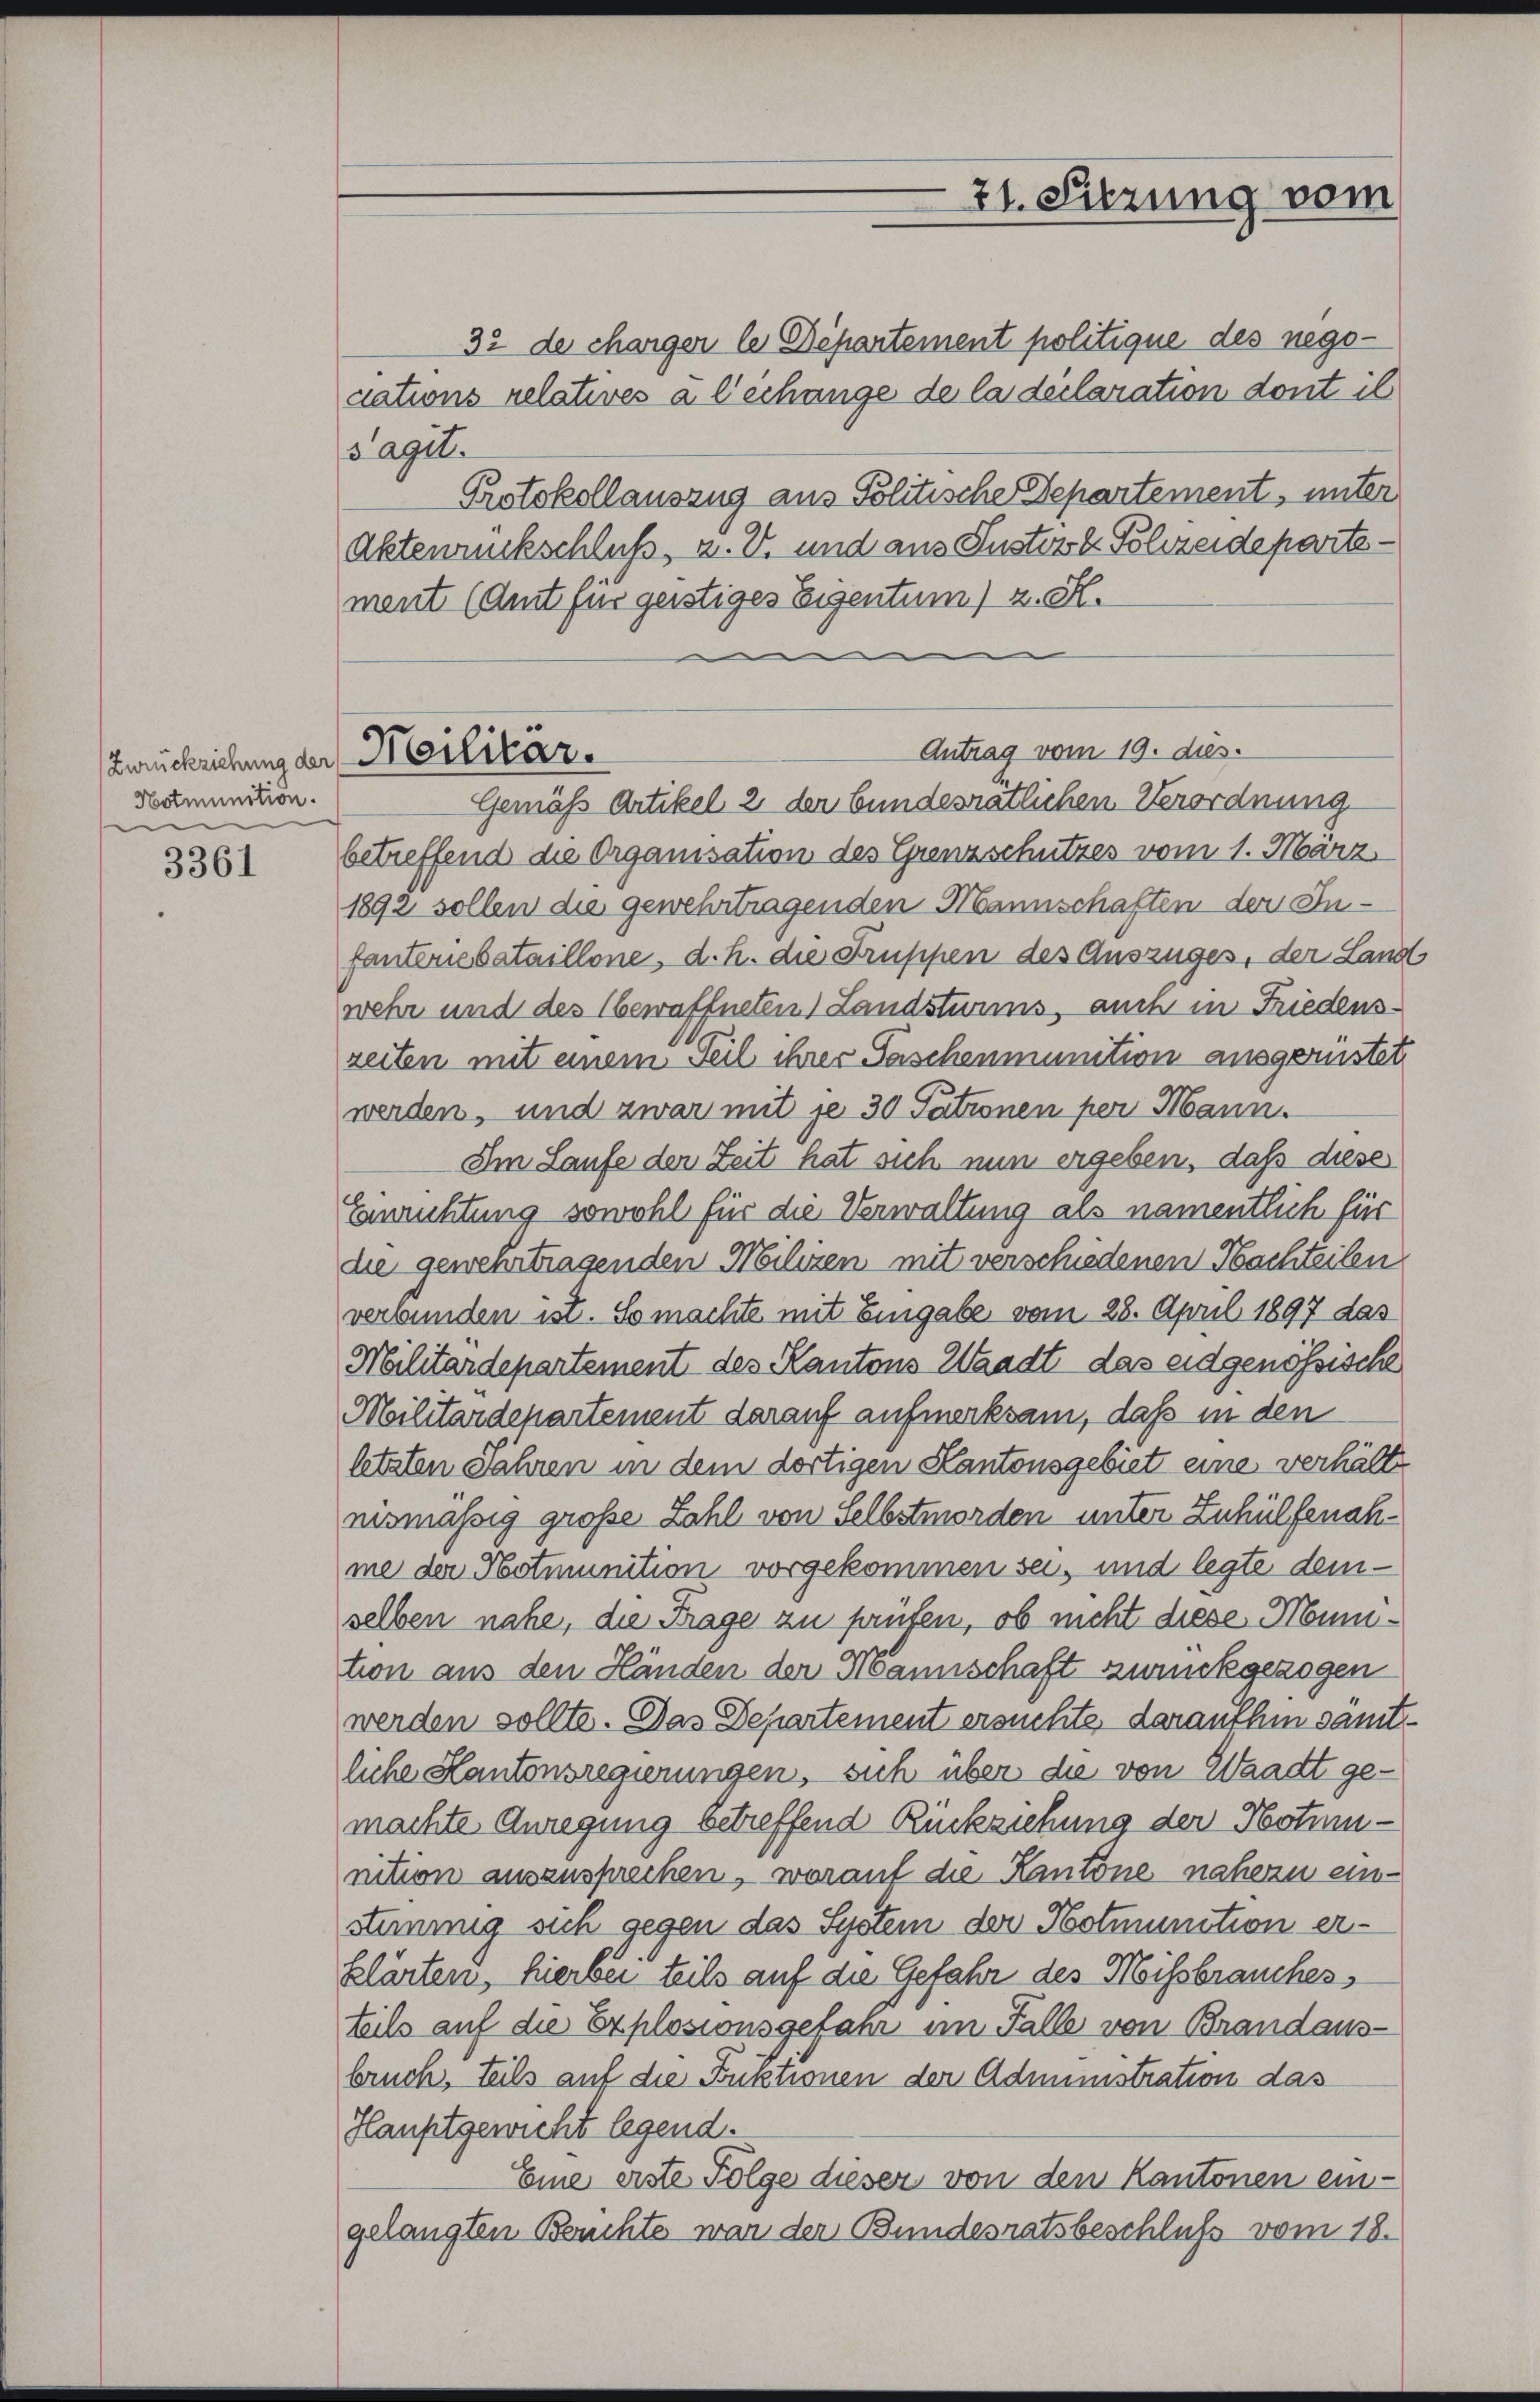
Zurückziehung der Militär.
Hotmunition.
e

3361

21. Sitzung vom

32 de charger le Departement politique des negodations relatives à Cechange de la declaration dont il
Sagit.
Protokollauszug aus Politische Departement, unter
Aktenrückschluß, z. B. und aus Justorb. Schreidepartement (Amt für geistiges Eigentum) z. S.
Antrag vom 19. dies.
Gemäß Artikel 2 der bundesratlichen Verordnung
betreffend die Organisation des Grenzschutzes vom 1. März
1892 sollen die gewehrtragenden Mannschaften der Infanteriebataillone, d. h. die Truppen des Auszuges, der Land
wehr und des bewaffneten Landsturms, auch in Friedenszeiten mit einem Teil ihrer Taschenmunition ausgerüstet
werden, und zwar mit je 30 Tationen per Mann.
Am Laufe der Zeit hat sich nun ergeben, daß diese
Einrichtung sowohl für die Verwaltung als namentlich für
die gewehrtragenden Milizen mit verschiedenen Nachteilen
verbunden ist. So machte mit Eingabe vom 28. April 1897 das
Militärdepartement des Kantons Waadt das eidgenössische
Militärdepartement darauf aufmerksam, daß in den
letzten Jahren in dem dortigen Kantonsgebiet eine verhälte
nismässig große Zahl von Selbstmorden unter Zuhülfenahme der Notmunition vorgekommen sei, und legte demselben nahe, die Frage zu prüfen, ob nicht diese Numtion aus den Händen der Mannschaft zurückgezogen
werden sollte. Das Departement ersuchte, daraufhin samt
liche Hantonsregierungen, sich über die von Waadt gemachte Anregung betreffend Rückziehung der Hotumnition auszusprechen, worauf die Kantone nähern einstimmig sich gegen das System der Hotmunition erklärten, hierbei teils auf die Gefahr des Missbrauches
teils auf die Explosionsgefahr im Falle von Brandausbruch, teils auf die Fuktionen der Administration das
Hauptgewicht legend.
Eine erste Folge dieser von den Kantonen eingelangten Beuchte war der Bundesratsbeschluß vom 18.